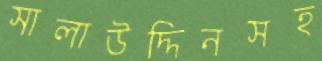
সালাউদ্দিনসহ